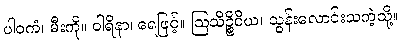
ပါဝကံ၊ မီးကို။ ဝါရိနာ၊ ရေဖြင့်။ ဩသိဉ္စိဝိယ၊ သွန်းလောင်းသကဲ့သို့။